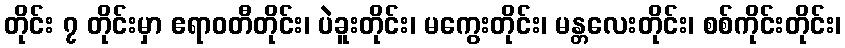
တိုင်း ၇ တိုင်းမှာ ဧရာဝတီတိုင်း၊ ပဲခူးတိုင်း၊ မကွေးတိုင်း၊ မန္တလေးတိုင်း၊ စစ်ကိုင်းတိုင်း၊